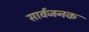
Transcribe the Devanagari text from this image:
सार्वजनक